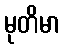
မုတိမာ